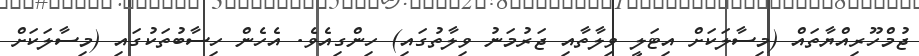
ޖުމްހޫރިއްޔާތައް (މިސާލަކަށް އިޓަލީ ވިލާތާއި ޖަރުމަނު ވިލާތުގައި) ހިންގިއެވެ. އެހެން ހިސާބުތަކުގައި (މިސާލަކަށް